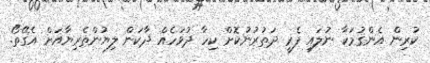
ކުރިން އެންގުމަކާ ނުލައި ފެރީ ދަތުރުނުކޮށް ކިހާ ދުވަހެއް ދާކަން ލިޔުންތެރިޔާއަށް އެގޭތޯ.